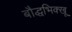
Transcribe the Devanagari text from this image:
बौद्धभिक्खू